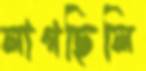
লাগছিলি